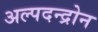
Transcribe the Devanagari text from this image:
अल्पदन्द्रोन